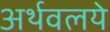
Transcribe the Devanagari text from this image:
अर्थवलये